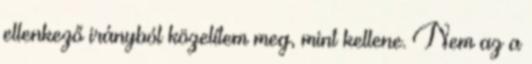
ellenkező irányból közelítem meg, mint kellene. Nem az a